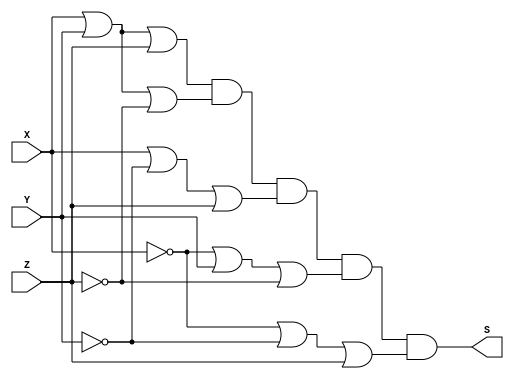
module PoS (output S, input X, Y, Z); // MAXTERMOS
// M 5 6 7
assign S = (X|Y|Z) & (X|Y|~Z) & (X|~Y|Z) & (~X|Y|~Z)& (~X|~Y|Z);
endmodule // PoS

module b4;
reg X, Y, Z;
wire S;
// instancias
PoS POS1(S, X, Y, Z);
// valores iniciais
initial begin: start
X=1'bx; Y=1'bx; Z=1'bx;// indefinidos
end
// parte principal
initial begin: main
// identificacao
$display("Produto da Soma");
// monitoramento
$display(" X  Y  Z = PoS( 0, 1, 2, 5, 6 )");
$monitor("%2b %2b %2b =  %2b", X, Y, Z, S);
// sinalizacao
#1 X=0; Y=0; Z =0;
#1 X=0; Y=0; Z =1;
#1 X=0; Y=1; Z =0;
#1 X=0; Y=1; Z =1;
#1 X=1; Y=0; Z =0;
#1 X=1; Y=0; Z =1;
#1 X=1; Y=1; Z =0;
#1 X=1; Y=1; Z =1;
end
endmodule // test_module